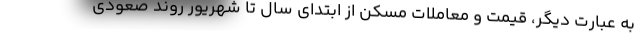
به عبارت دیگر، قیمت و معاملات مسکن از ابتدای سال تا شهریور روند صعودی